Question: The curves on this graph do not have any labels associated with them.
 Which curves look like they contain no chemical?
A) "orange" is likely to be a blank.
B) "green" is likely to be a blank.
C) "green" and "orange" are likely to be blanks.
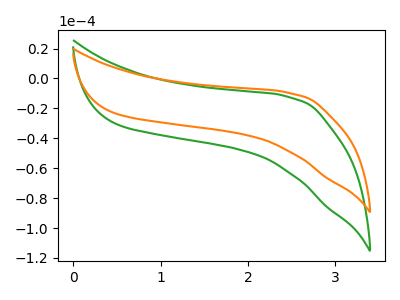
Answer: <think>The green curve "green" has no peaks. The orange curve "orange" has no peaks.</think>
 <answer>C) "green" and "orange" are likely to be blanks.</answer>
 <eval>C</eval>